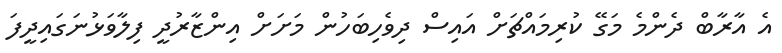
އެ އާރާބް ދެންމެ މަގޭ ކުރިމައްޗަށް އައިސް ދިވެހިބަހުން މަށަށް އިންޒާރުދީ ފިލާވަޅުނަގައިދީފަ